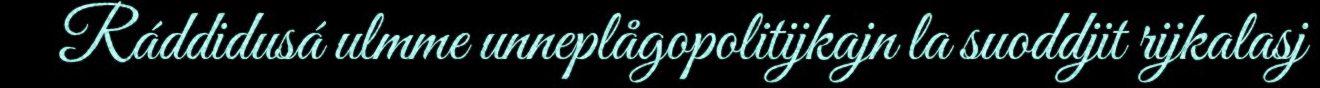
Ráddidusá ulmme unneplågopolitijkajn la suoddjit rijkalasj